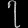
Digit: ၇